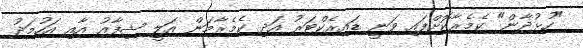
"ހުޅުދާން" ކެމެރާކޮށްފައި ވަނީ ޑައިރެކްޓަރު އަދި ކެމެރާމަން އަލީ ޝިފާއު އާއި އަހުމަދު